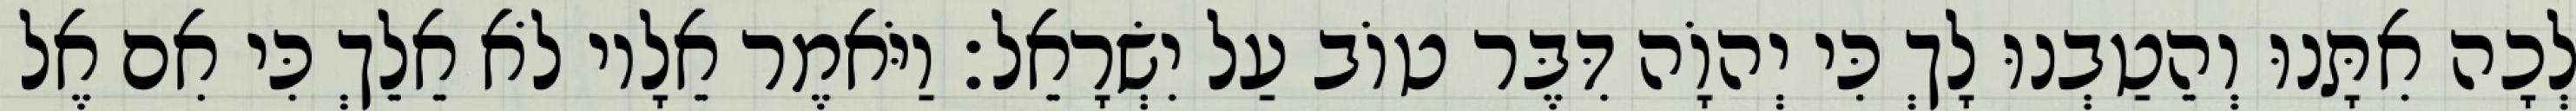
לְכָה אִתָּנוּ וְהֵטַבְנוּ לָךְ כִּי יְהוָֹה דִּבֶּר טוֹב עַל יִשְׂרָאֵל׃ וַיֹּאמֶר אֵלָיו לֹא אֵלֵךְ כִּי אִם אֶל